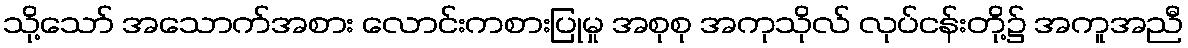
သို့သော် အသောက်အစား လောင်းကစားပြုမှု အစုစု အကုသိုလ် လုပ်ငန်းတို့၌ အကူအညီ